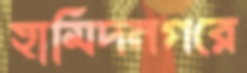
হামিদনগরে